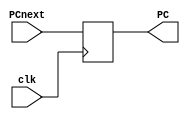
module ProgramCounter #(parameter Width = 32)
(
    input clk,
    input [Width-1:0] PCnext,
    output reg [Width-1:0] PC
);

initial PC = 32'b0;

always @ (posedge clk)
begin
    PC <= PCnext;
end

endmodule